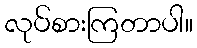
လုပ်စားကြတာပါ။